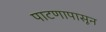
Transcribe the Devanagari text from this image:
पाटणापासून